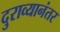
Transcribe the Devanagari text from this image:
दुराव्यानंतर